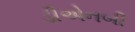
ડીએનબી